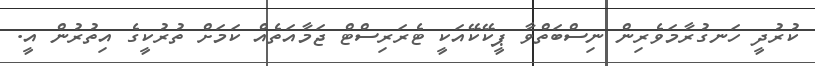
ކުރުދީ ހަނގުރާމަވެރިން ނިސްބަތްވާ ޕީކޭކޭއަކީ ޓެރަރިސްޓް ޖަމާއަތެއް ކަމަށް ތުރުކީގެ އިތުރުން އީ.